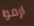
ارموا